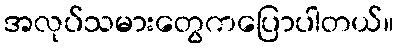
အလုပ်သမားတွေကပြောပါတယ်။